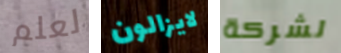
لعلم لايزالون لشركة